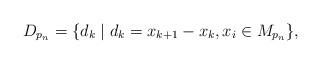
LaTeX: \begin{align*}D_{p_n}=\{d_k\mid d_k=x_{k+1}-x_k, x_i\in M_{p_n}\},\end{align*}